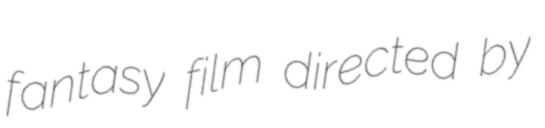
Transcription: fantasy film directed by